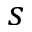
s